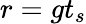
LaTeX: r=gt_{s}